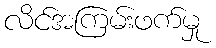
လိင်အကြမ်းဖက်မှု